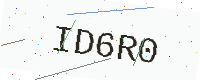
Text: ID6R0